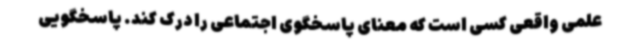
علمی واقعی کسی است که معنای پاسخگوی اجتماعی را درک کند. پاسخگویی